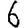
Digit: 6